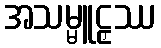
အသမ္မူဠှဿ